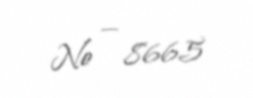
№ — 8665